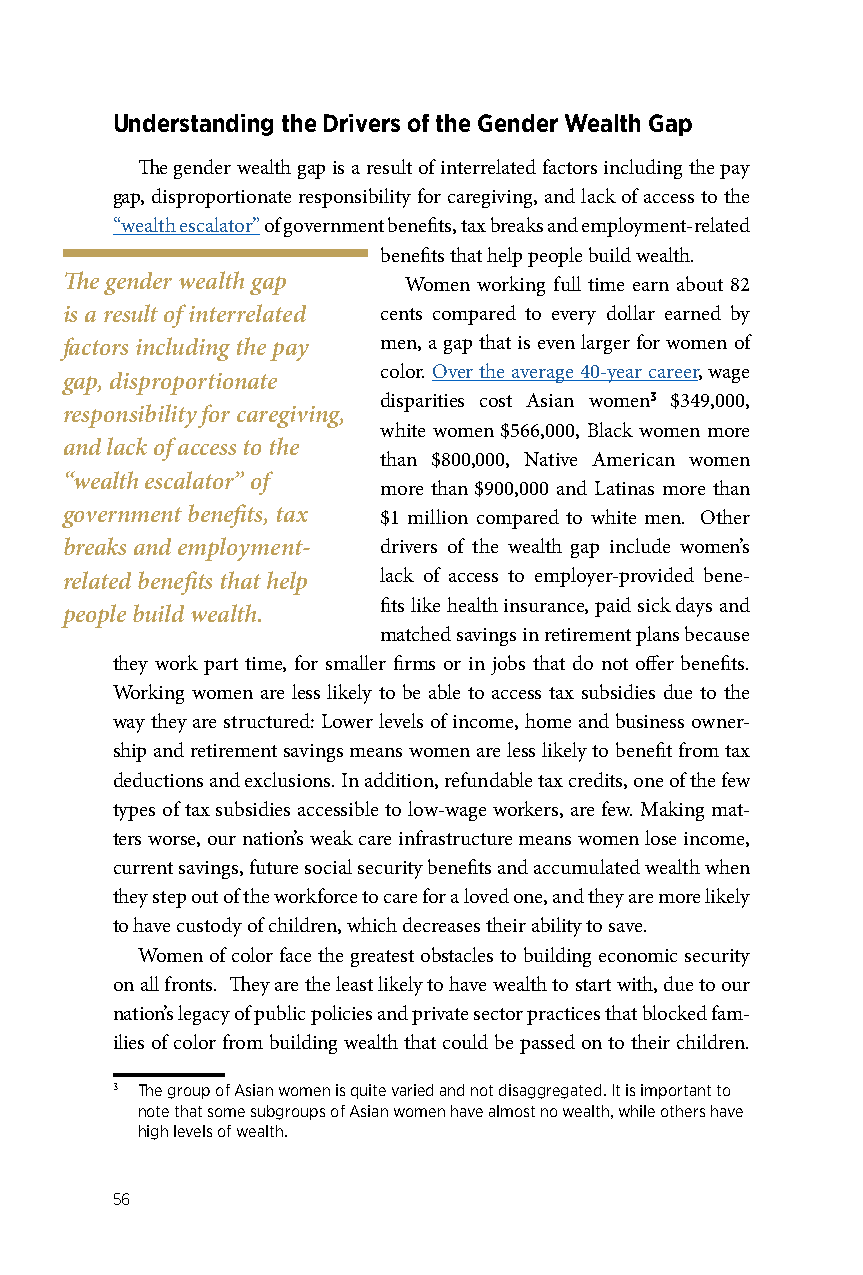
Understanding the Drivers of the Gender Wealth Gap
 The gender wealth gap is a result of interrelated factors including the pay
 gap, disproportionate responsibility for caregiving, and lack of access to the
 “wealth escalator” of government benefits, tax breaks and employment-related
 benefits that help people build wealth.
 The gender wealth gap  Women working full time earn about 82
 is a result of interrelated cents compared to every dollar earned by
 factors including the pay men, a gap that is even larger for women of
 color. Over the average 40-year career, wage
 gap, disproportionate
 disparities cost Asian women3 $349,000,
 responsibility for caregiving,
 white women $566,000, Black women more
 and lack of access to the
 than $800,000, Native American women
 “wealth escalator” of
 more than $900,000 and Latinas more than
 government benefits, tax $1 million compared to white men. Other
 breaks and employment- drivers of the wealth gap include women’s
 related benefits that help lack of access to employer-provided bene-
 fits like health insurance, paid sick days and
 people build wealth.
 matched savings in retirement plans because
 they work part time, for smaller firms or in jobs that do not offer benefits.
 Working women are less likely to be able to access tax subsidies due to the
 way they are structured: Lower levels of income, home and business owner-
 ship and retirement savings means women are less likely to benefit from tax
 deductions and exclusions. In addition, refundable tax credits, one of the few
 types of tax subsidies accessible to low-wage workers, are few. Making mat-
 ters worse, our nation’s weak care infrastructure means women lose income,
 current savings, future social security benefits and accumulated wealth when
 they step out of the workforce to care for a loved one, and they are more likely
 to have custody of children, which decreases their ability to save.
 Women of color face the greatest obstacles to building economic security
 on all fronts. They are the least likely to have wealth to start with, due to our
 nation’s legacy of public policies and private sector practices that blocked fam-
 ilies of color from building wealth that could be passed on to their children.
 3 The group of Asian women is quite varied and not disaggregated. It is important to
 note that some subgroups of Asian women have almost no wealth, while others have
 high levels of wealth.
 56